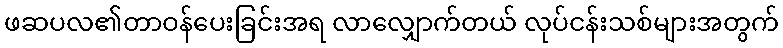
ဖဆပလ၏တာဝန်ပေးခြင်းအရ လာလျှောက်တယ် လုပ်ငန်းသစ်များအတွက်